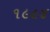
૧૯૯૪